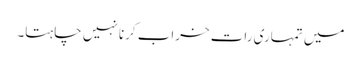
میں تمہاری رات خراب کرنا نہیں چاہتا۔